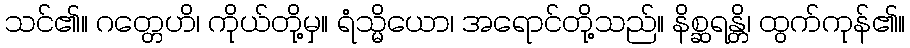
သင်၏။ ဂတ္တေဟိ၊ ကိုယ်တို့မှ။ ရံသ္မိယော၊ အရောင်တို့သည်။ နိစ္ဆရန္တိ၊ ထွက်ကုန်၏။